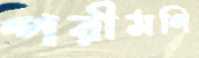
পরীমণি